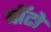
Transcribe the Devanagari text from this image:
बाॅटो